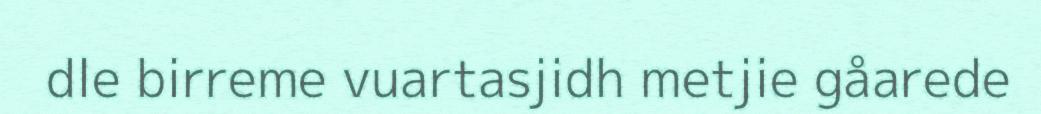
dle birreme vuartasjidh metjie gåarede